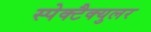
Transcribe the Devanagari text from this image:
स्पेक्टैक्युलर